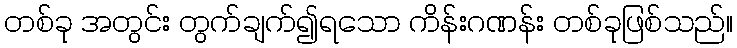
တစ်ခု အတွင်း တွက်ချက်၍ရသော ကိန်းဂဏန်း တစ်ခုဖြစ်သည်။